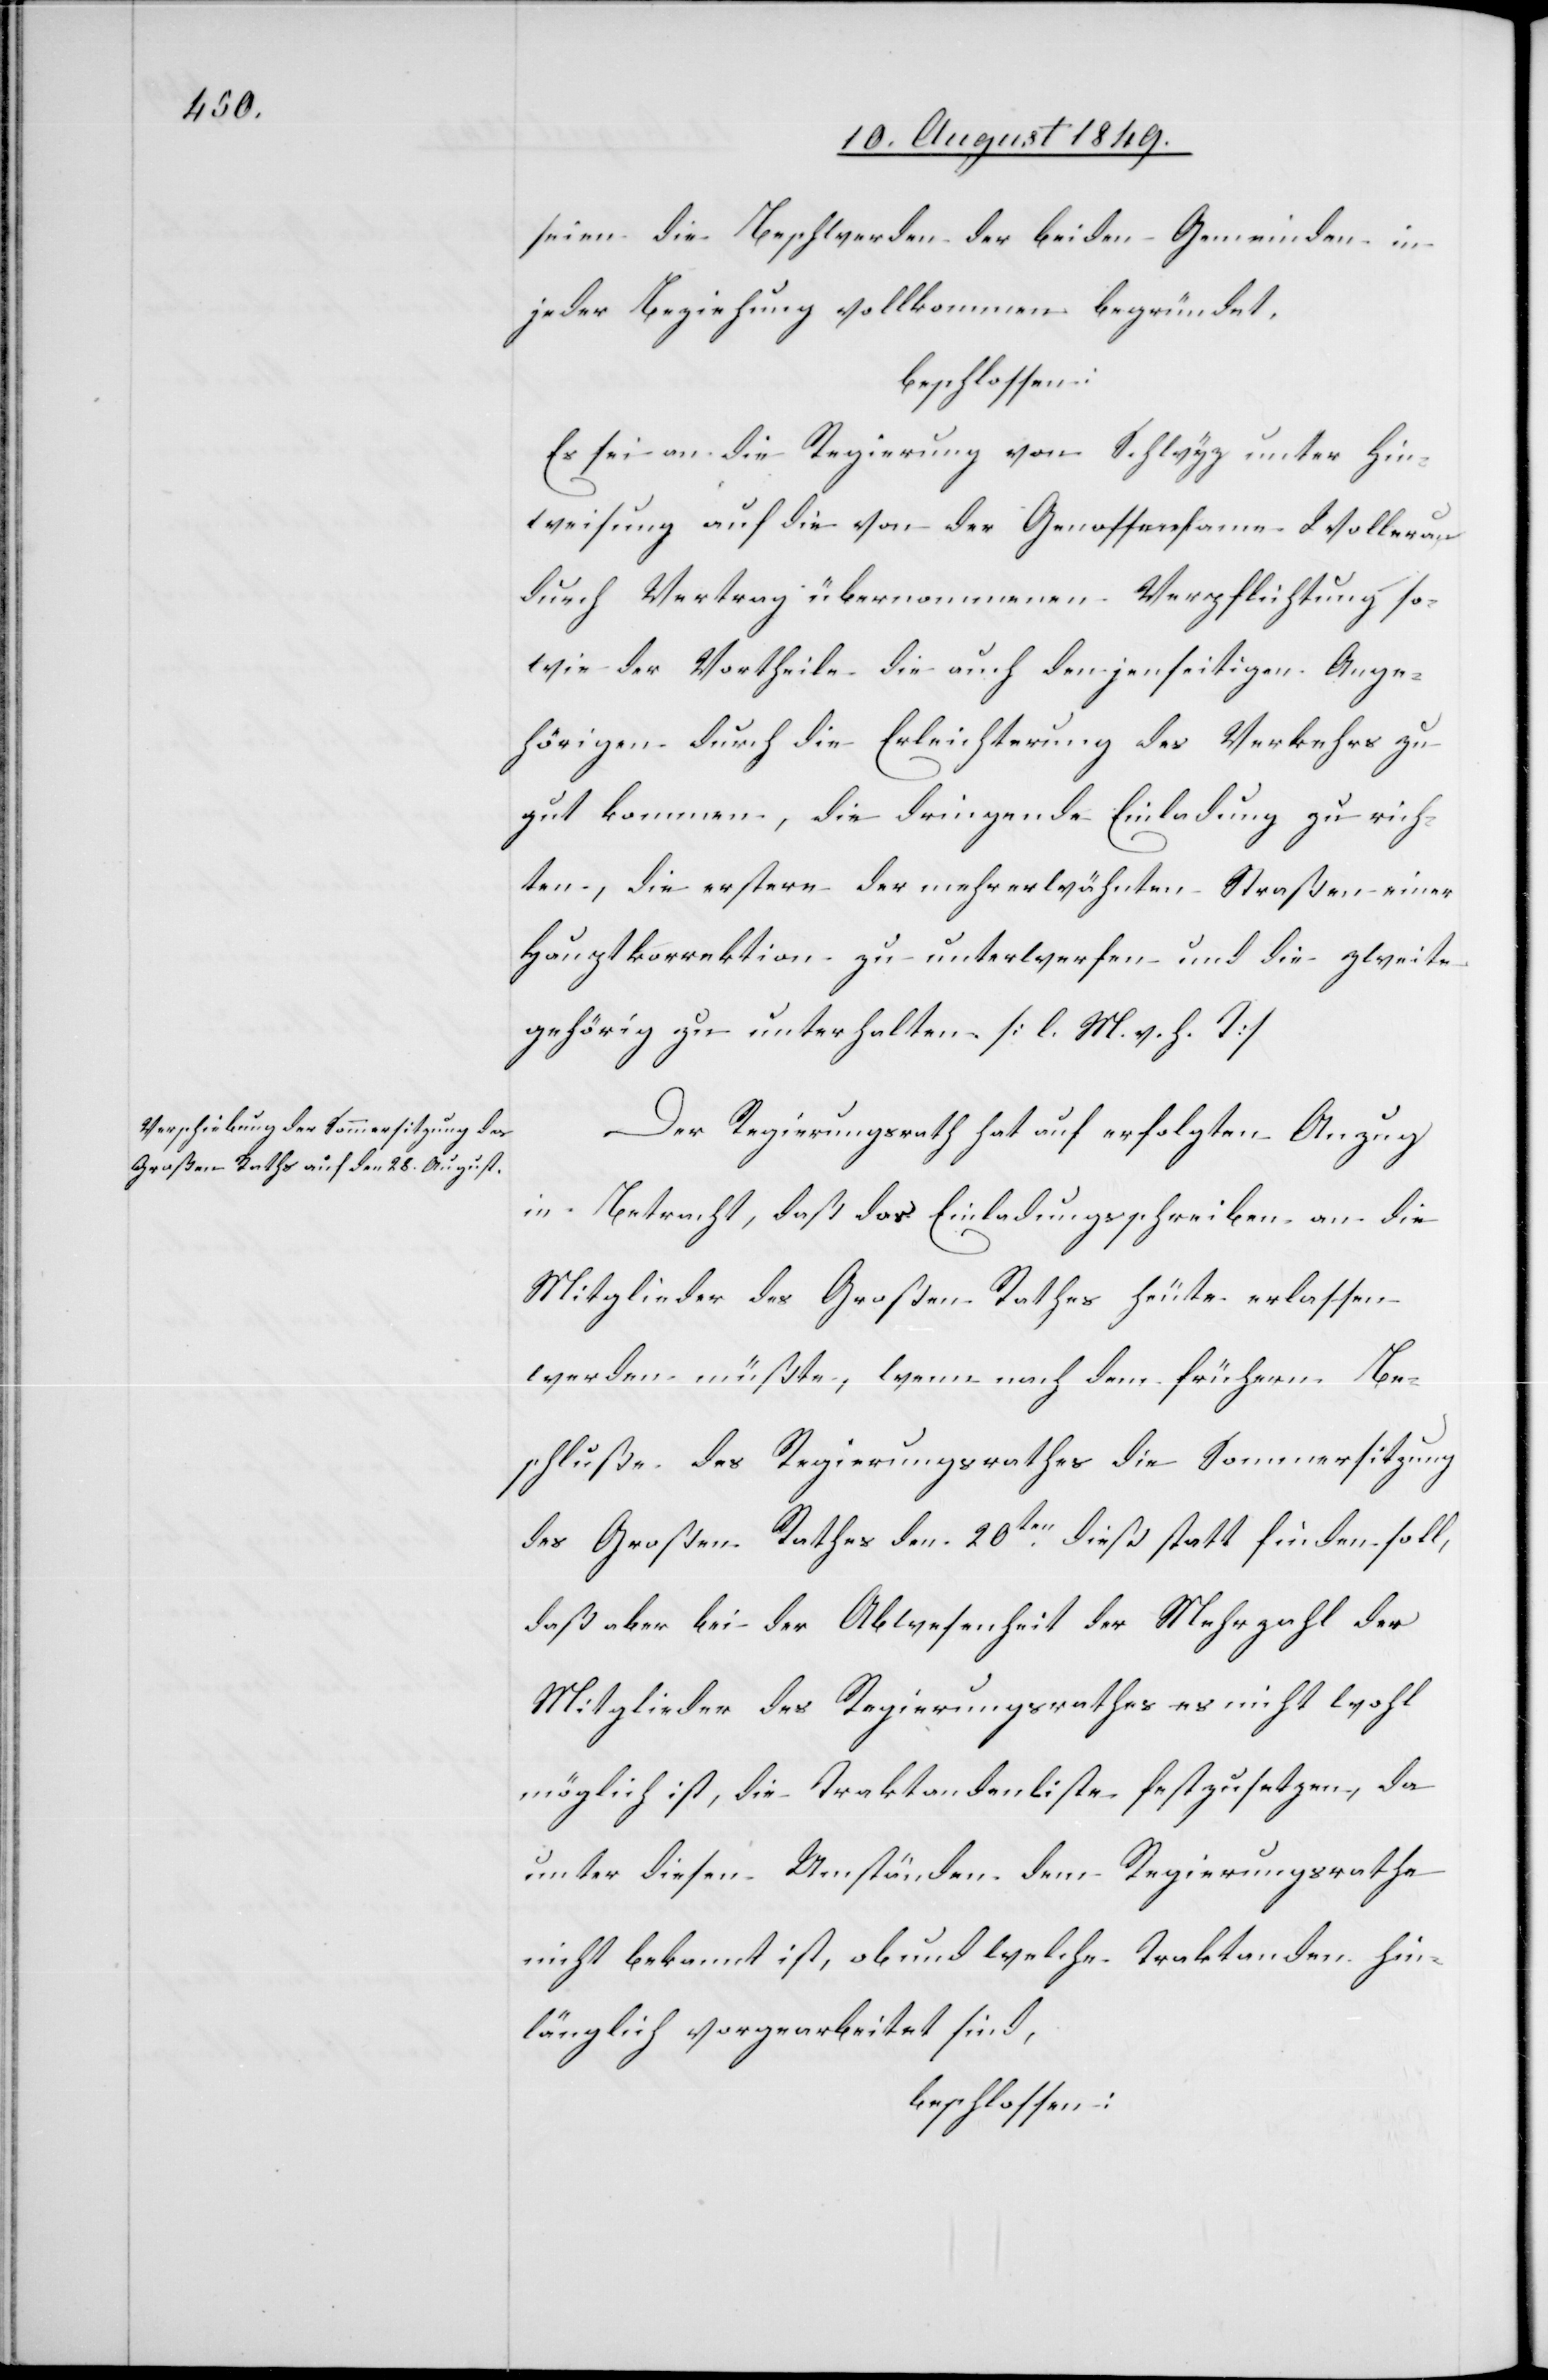
seien die Beschwerden der beiden Gemeinden in
jeder Beziehung vollkommen begründet,
beschlossen:
Es sei an die Regierung von Schwyz unter Hin¬
weisung auf die von der Genossensame Wollerau
durch Vertrag übernommenen Verpflichtung so¬
wie der Vortheile die auch den jenseitigen Ange¬
hörigen durch die Erleichterung des Verkehrs zu¬
gut kommen, die dringende Einladung zu rich¬
ten, die erstere der mehrerwähnten Straßen einer
Hauptkorrektion zu unterwerfen und die zweite
gehörig zu unterhalten. [l. M. v. h. T]
Der Regierungsrath hat auf erfolgten Anzug
in Betracht, daß das Einladungsschreiben an die
Mitglieder des Großen Rathes heute erlassen
werden müßte, wenn nachdem frühern Be¬
schluße des Regierungsrathes die Sommersitzung
des Großen Rathes den 20ten dieß statt finden soll,
daß aber bei der Abwesenheit der Mehrzahl der
Mitglieder des Regierungsrathes es nichtwohl
möglich ist, die Traktandenliste festzusetzen, da
unter diesen Umständen dem Regierungsrathe
nicht bekannt ist, ob und welche Traktanden hin¬
länglich vorgearbeitet sind,
beschlossen: